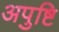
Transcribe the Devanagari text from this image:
अपुष्टि